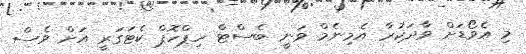
މި އެވޯޑަށް ވާދަކުރާ އެމިނެމް ވަނީ ބެސްޓް ހިޕްހޮޕް ކެޓަގަރީ އަށް ވެސް